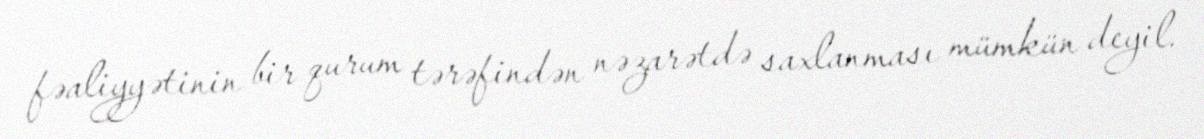
fəaliyyətinin bir qurum tərəfindən nəzarətdə saxlanması mümkün deyil.